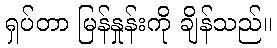
ရှပ်တာ မြန်နှုန်းကို ချိန်သည်။